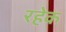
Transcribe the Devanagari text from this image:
रहेक